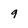
Character: g